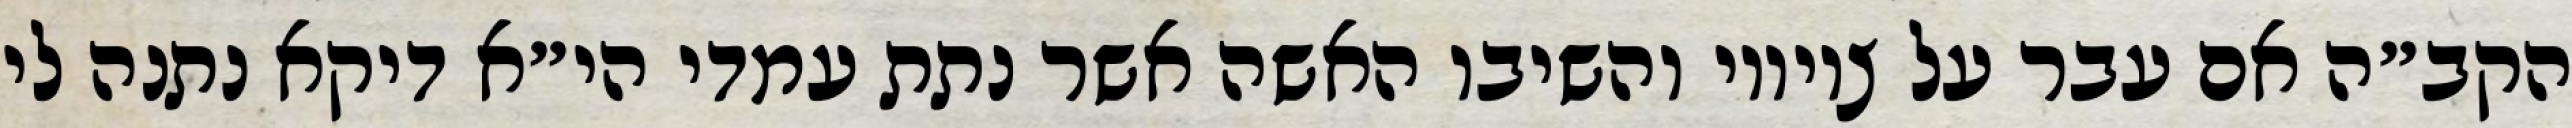
הקב״ה אם עבר על ציוויו והשיבו האשה אשר נתת עמדי הי״א דיקא נתנה לי